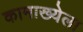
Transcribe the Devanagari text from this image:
कामाख्येला